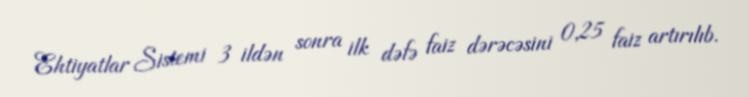
Ehtiyatlar Sistemi 3 ildən sonra ilk dəfə faiz dərəcəsini 0,25 faiz artırılıb.